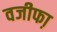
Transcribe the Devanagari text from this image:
वजीफा़